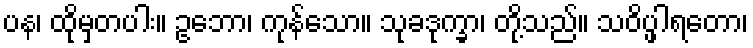
ပန၊ ထိုမှတပါး။ ဥဘော၊ ကုန်သော။ သုခဒုက္ခာ၊ တို့သည်။ သဝိပ္ဖါရတော၊